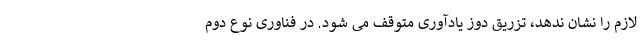
لازم را نشان ندهد، تزریق دوز یادآوری متوقف می شود. در فناوری نوع دوم